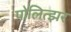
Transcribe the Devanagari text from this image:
पोलित्झर